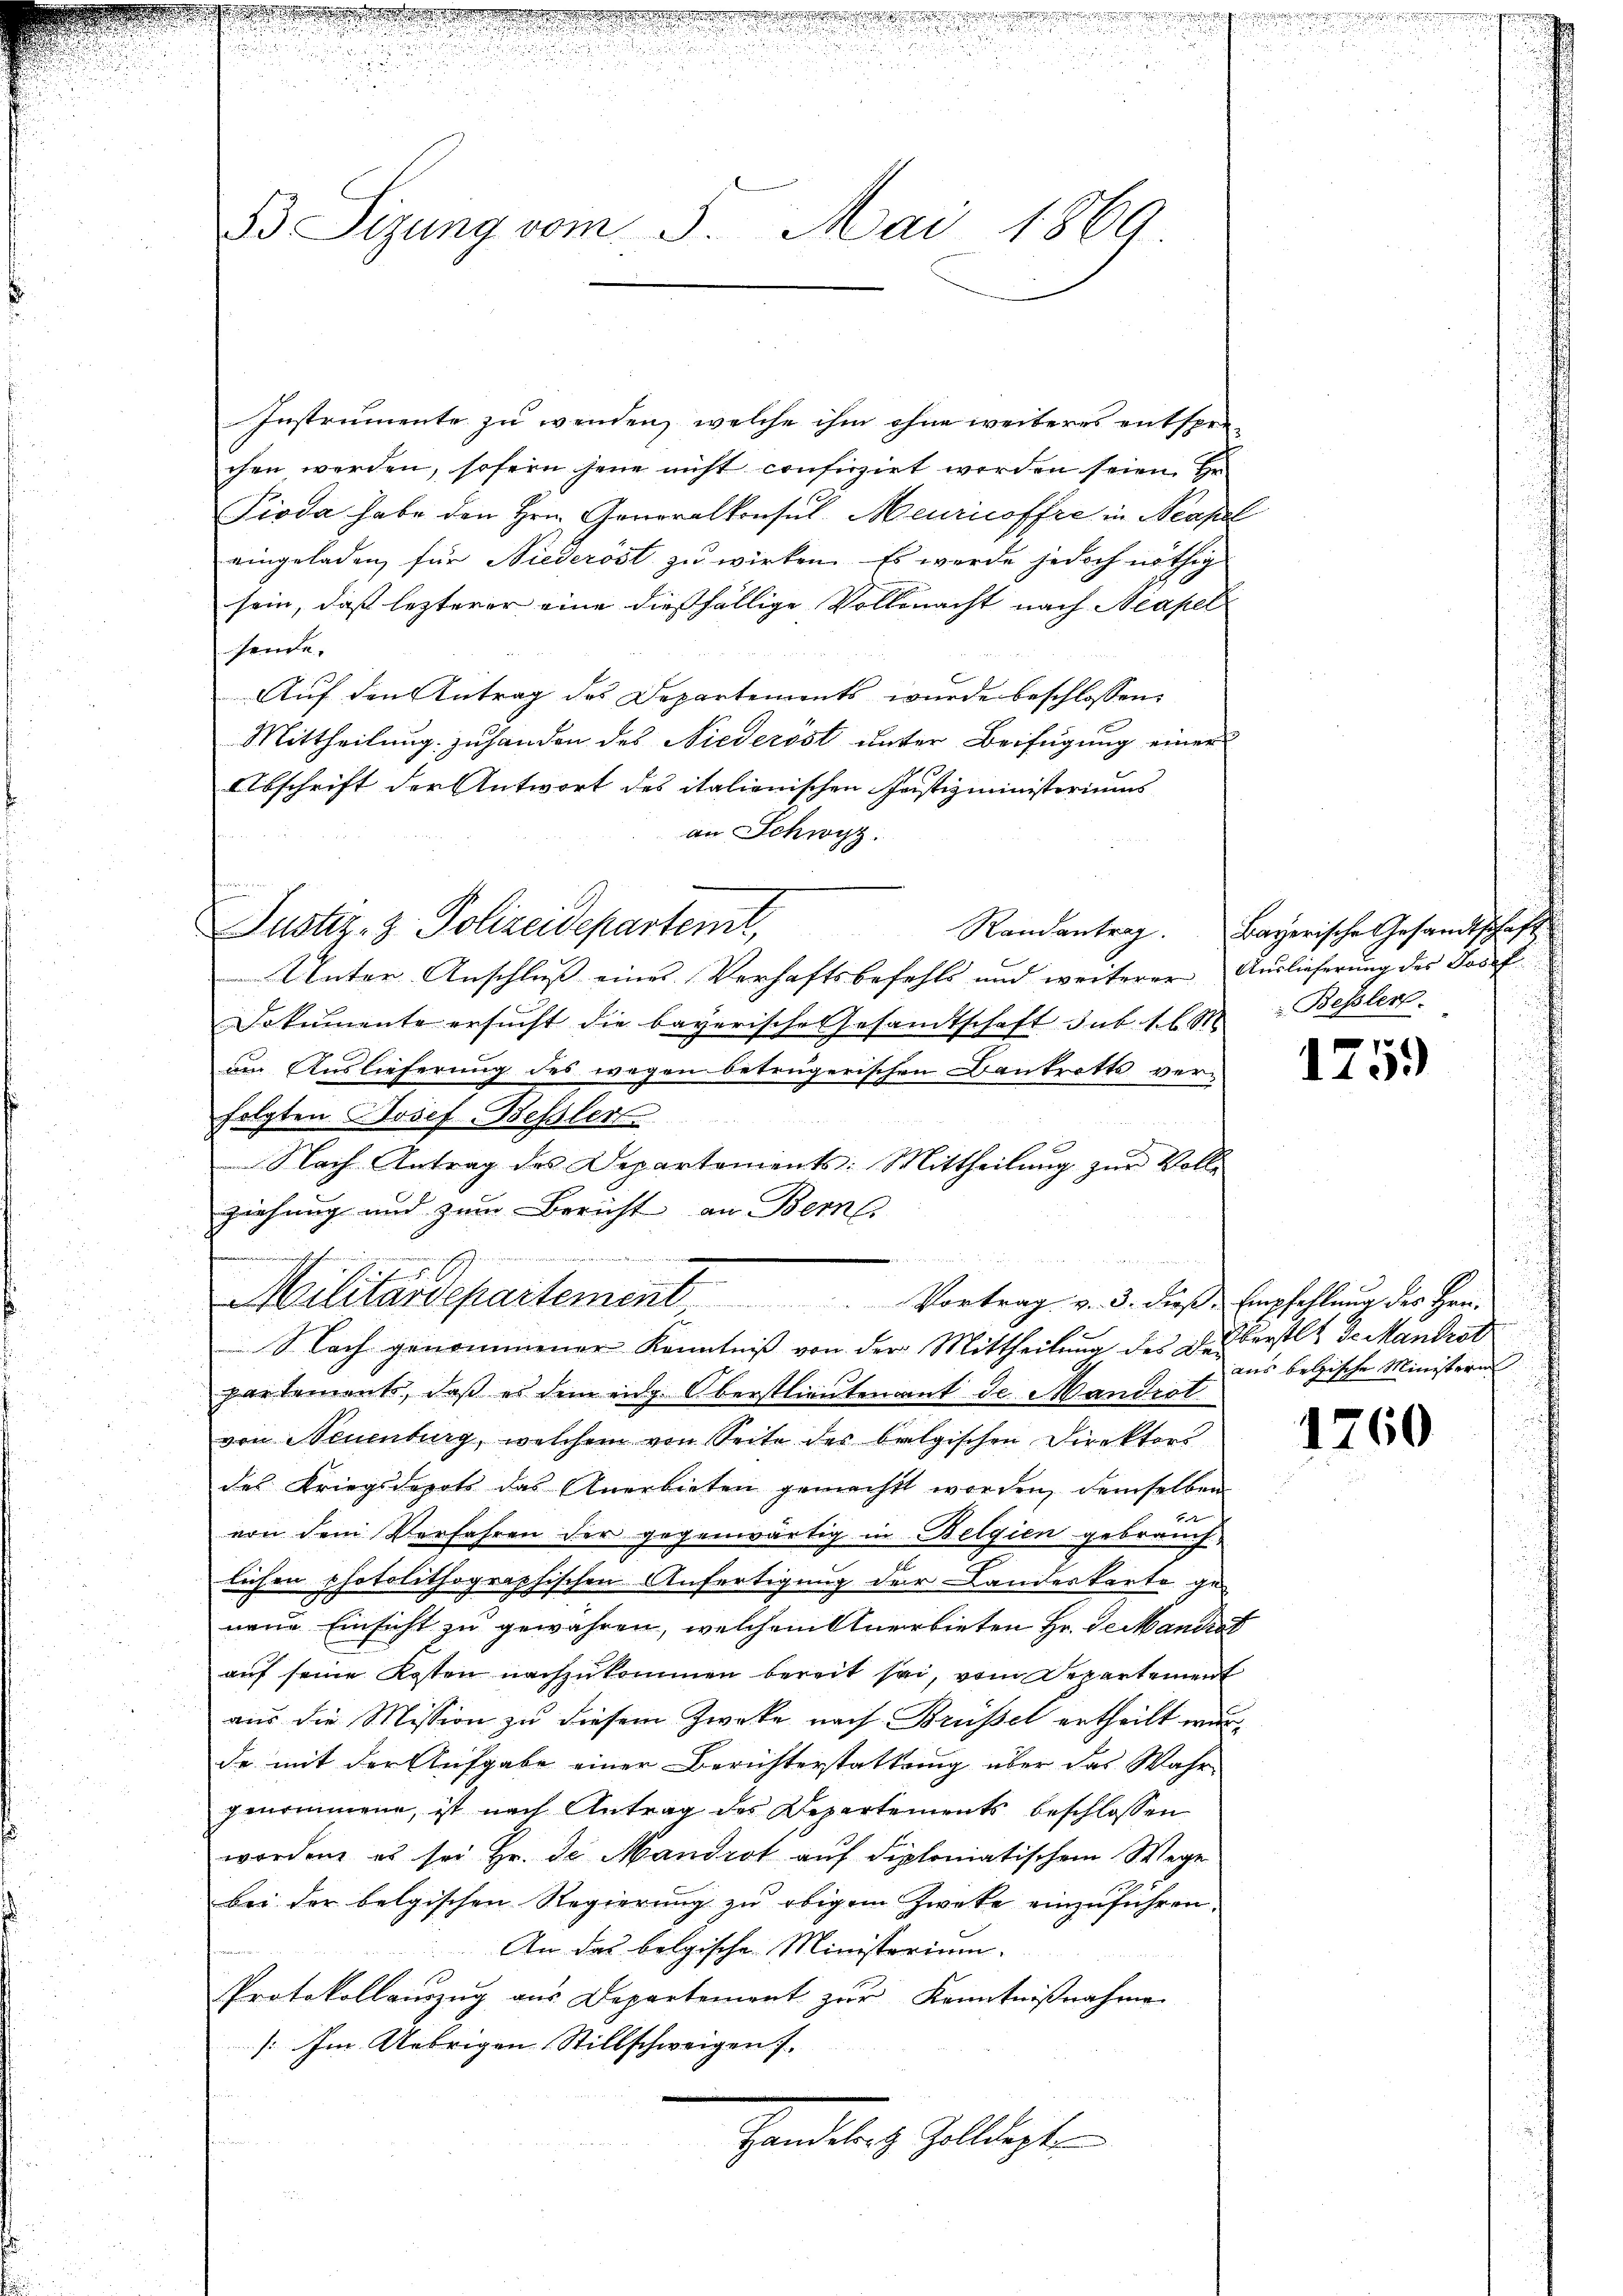
t

53 Sizung vom 3. Mai 1869.

Instrumente zu wenden, welche ihm ohne weiteres entsprchen werden, sofern jene nicht confizirt werden seien. He
Pioda habe den Hrn. Generalkonsul-Meuricoffre in Neapel
eingeladen, für Niederöst zu wirken. Es werde jedoch nöthig
sein, daß lezterer eine dießfällige Vollmacht nach Neapel
sende. |
Auf den Antrag des Departements wurde beschlossen:
Mittheilung zu handen des Niederöst unter Beifügung einer
Abschrift der Antwort des italienischen Justizministeriums
an Schwyz.
Unter Anschluß eines Verhaftsbefehls und weiterer Auslieferung des Josef
Dokumente ersucht die bayerische Gesamtschaft sub. 1 l M
am Auslieferung des wegen betrügerischen Bankrotts verfolgten Josef-Bessler
Nach-Antrag des Departements: Mittheilŭng zŭr Volle
ziehung und zum Bericht an Bern.
Militärdepartement. Vortrag v. 3. dieße Empfehlung der Her¬
S. Nach genommener Kenntniß von der Mittheilung des L. Oberstet de Mandrot
partements, daß es dem eidg. Oberstlieutenant de Mandrot
von Neuenburg, welchem von Seite des belgischen Direktors
des Kriegsdepots das Anerbieten gemacht worden, demselben
von dem Verfahren der gegenwärtig in Belgien gebrauchlichen photolithographischen Anfertigung der Landeskarte ge-
neue Einsicht zu gewähren, welchem Anerbieten Hr. Se Mandrat
auf seine Kosten nachzukommen bereit sei, vom Departement
aus die Mission zu diesem Zwecke nach Brüssel ertheilt wurde mit der Aufgabe einer Berichterstattung über das Wahr-
genommene, ist nach Antrag des Departements beschlossen
worden, es sei Hr. de Mandrot auf diplomatischem Wege
bei der belgischen Regierŭng zŭ obigem Zwecke einzŭführen.
An das belgische Ministorium.
Protokollauszug aus Departement zur Kenntnißnahme
[: Im Uebrigen Stillschweigen s.
Handelich helligten

t
f
Justiz- & Polizeidepartemt,

Randantrag. Bayerische Gesandtschaft
Bessler.

1
110.

aus betische Ministerin

1760